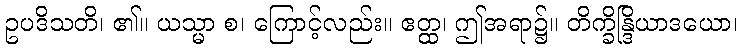
ဥပဒိသတိ၊ ၏။ ယသ္မာ စ၊ ကြောင့်လည်း။ ဧတ္ထ၊ ဤအရာ၌။ တိက္ခိန္ဒြိယာဒယော၊